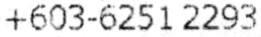
+603-6251 2293